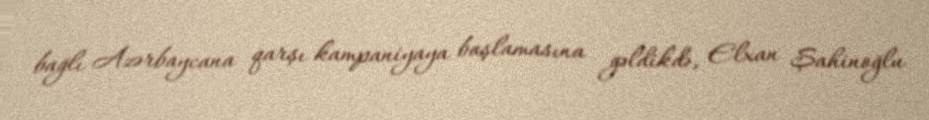
bağlı Azərbaycana qarşı kampaniyaya başlamasına gəldikdə, Elxan Şahinoğlu